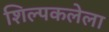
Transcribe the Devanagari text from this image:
शिल्पकलेला